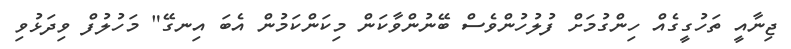
ޖިނާއީ ތަހުގީގެއް ހިންގުމަށް ފުލުހުންވެސް ބޭނުންވާކަން މިކަންކަމުން އެބަ އިނގޭ" މަހުލުފް ވިދަޅުވި